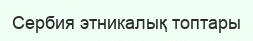
Сербия этникалық топтары